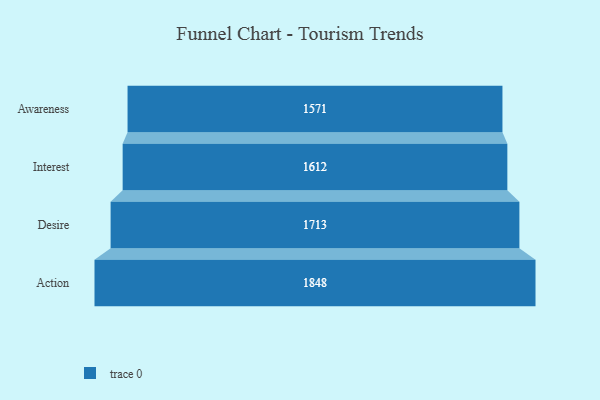
{"axis": {"x": "Stage", "y": "Value"}, "legend": [""], "data": [{"x": "Awareness", "y": 1571.0, "type": ""}, {"x": "Interest", "y": 1612.0, "type": ""}, {"x": "Desire", "y": 1713.0, "type": ""}, {"x": "Action", "y": 1848.0, "type": ""}]}